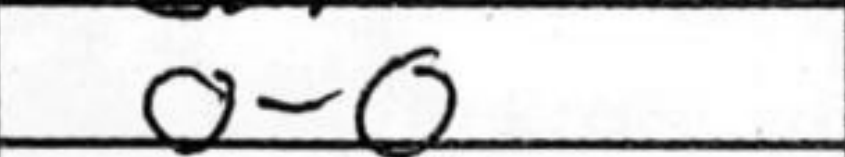
Transcription: O-O